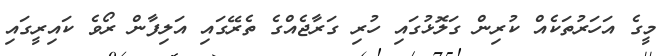
މީގެ އަހަރުތަކެއް ކުރިން ގަލޮޅުގައި ހުރި ގަރާޖެއްގެ ތެރޭގައި އަލިފާން ރޯވެ ކައިރީގައި